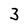
Character: 3